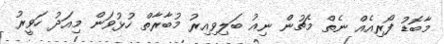
މާބޮޑު ފޯރިއެއް ނެތް މެޗުން ނިއު ބަލިވިއިރު މުބާރާތް ހުޅުވަން މިއަދު ހަވީރު